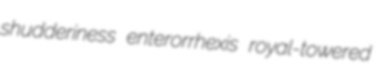
shudderiness enterorrhexis royal-towered